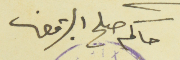
حاكم صلح البترون